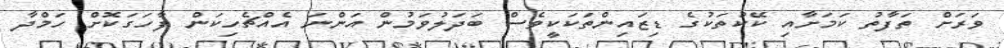
ވަރަށް ތަފާތު ކަމަށާއި ކޭކުތަކުގެ ޑިޒައިންތަކަކީވެސް ބަދަލުވަމުން އަންނަ އެއްޗެހިކަން ފާހަގަކޮށް ހަމްދާ